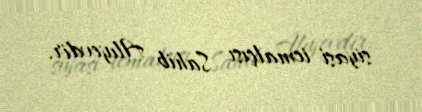
siyasi icmalçısı Sahib Alıyevdir.